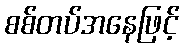
စစ်တပ်အနေဖြင့်